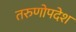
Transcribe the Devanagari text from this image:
तरुणोपदेश